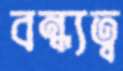
বন্ধ্যত্ব